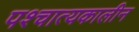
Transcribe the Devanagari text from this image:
पश्चात्यकालीन